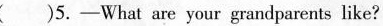
( )5. —— What are your grandparents like?